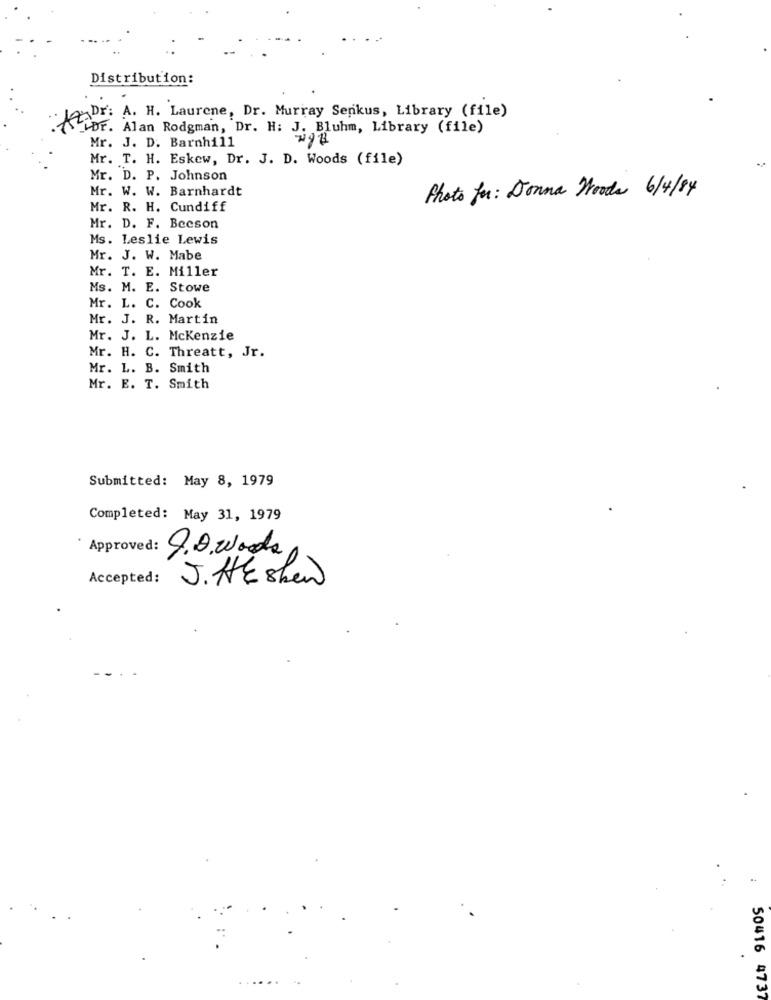
Distribution:
Dr: A. H. Laurene, Dr. Murray Senkus, Library (file)
Dr. Alan Rodgman, Dr. H: J. Bluhm, Library (file)
Mr. J. D. Barnhill
Mr. T. H. Eskew, Dr. J. D. Woods (file)
Mr. D. P. Johnson
Mr. W. W. Barnhardt
Photo for : Donna Woods 6/4/84
Mr. R. H. Cundiff
Mr. D. F. Beeson
Ms. Leslie Lewis
Mr. J. W. Mabe
Mr. T. E. Miller
Ms. M. E. Stowe
Mr. L. C. Cook
Mr. J. R. Martin
Mr. J. L. Mckenzie
Mr. H. C. Threatt, Jr.
Mr. L. B. Smith
Mr. E. T. Smith
Submitted: May 8, 1979
Completed: May 31, 1979
Approved: J.D. Woods
Accepted:
J. HE shew
50416 4737